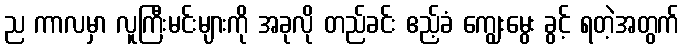
ည ကာလမှာ လူကြီးမင်းများကို အခုလို တည်ခင်း ဧည့်ခံ ကျွေးမွေး ခွင့် ရတဲ့အတွက်